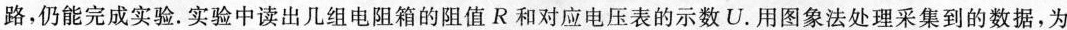
路，仍能完成实验。实验中读出几组电阻箱的阻值R和对应电压表的示数U.用图象法处理采集到的数据，为